Scottish Leaving Certificate Examination, 1956
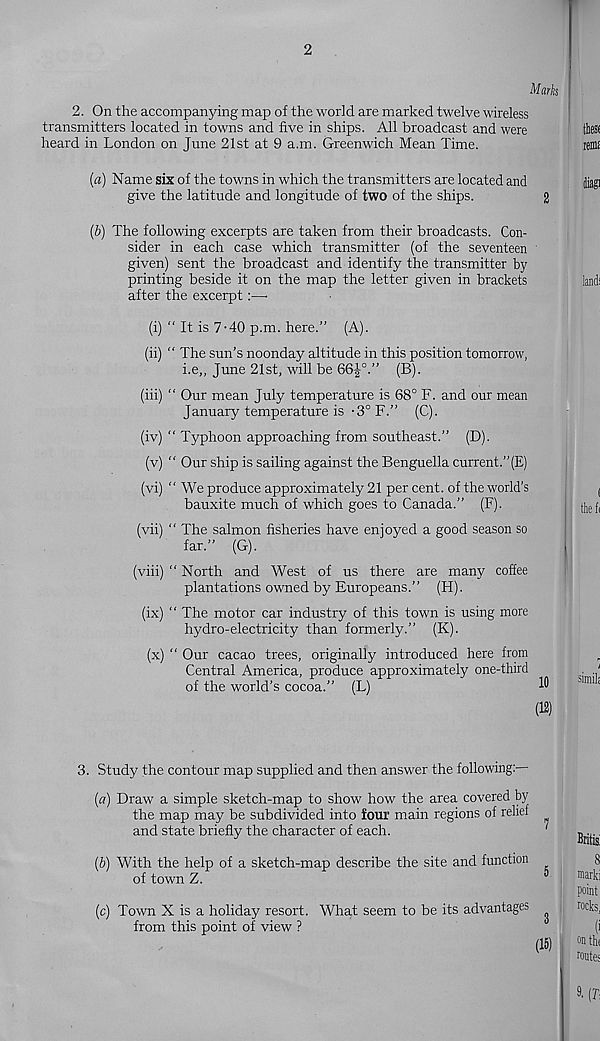
2
Marks
2. On the accompanying map of the world are marked twelve wireless
transmitters located in towns and five in ships. All broadcast and were
heard in London on June 21st at 9 a.m. Greenwich Mean Time.
(a) Name six of the towns in which the transmitters are located and
give the latitude and longitude of two of the ships.
2
(b) The following excerpts are taken from their broadcasts. Con-
sider in each case which transmitter (of the seventeen
given) sent the broadcast and identify the transmitter by
printing beside it on the map the letter given in brackets
after the excerpt:—-
(i) “ It is 7-40 p.m. here.” (A).
(ii) “ The sun’s noonday altitude in this position tomorrow,
i.e„ June 21st, will be 66|°.” (B).
(iii) “ Our mean July temperature is 68° F. and our mean
January temperature is -3° F.” (C).
(iv) “ Typhoon approaching from southeast.” (D).
(v) “ Our ship is sailing against the Benguella current.”(E)
(vi) “ We produce approximately 21 per cent, of the world’s
bauxite much of which goes to Canada.” (F).
(vii) “ The salmon fisheries have enjoyed a good season so
far.” (G).
(viii) “ North and West of us there are many cofiee
plantations owned by Europeans.” (H).
(ix) “ The motor car industry of this town is using more
hydro-electricity than formerly.” (K).
(x) “ Our cacao trees, originally introduced here from
Central America, produce approximately one-third
of the world’s cocoa.” (L)
3. Study the contour map supplied and then answer the following:—
(a) Draw a simple sketch-map to show how the area covered by
the map may be subdivided into four main regions of relief
and state briefly the character of each.
(b) With the help of a sketch-map describe the site and function
of town Z.
(c) Town X is a holiday resort,
from this point of view ?
What seem to be its advantages ^
(15)